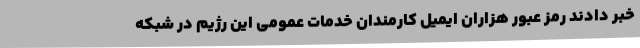
خبر دادند رمز عبور هزاران ایمیل کارمندان خدمات عمومی این رژیم در شبکه